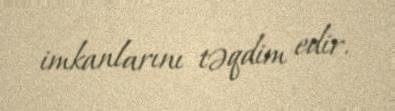
imkanlarını təqdim edir.